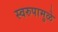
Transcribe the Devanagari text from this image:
स्वरुपामुळे